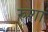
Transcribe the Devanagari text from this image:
रुशा